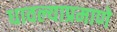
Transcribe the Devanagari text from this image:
धावल्याप्रमाणे